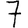
Digit: 7